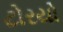
ટોરયો